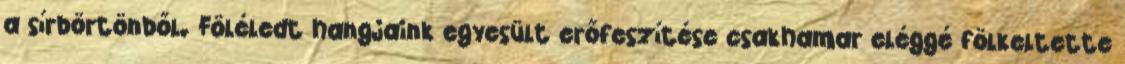
a sírbörtönből. Föléledt hangjaink egyesült erőfeszítése csakhamar eléggé fölkeltette